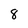
Character: 8